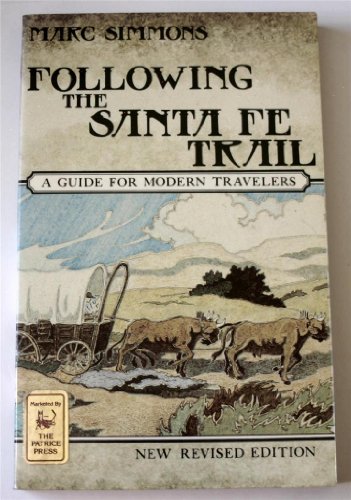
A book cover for Following the Santa Fe Trail: A Guide for Modern Travelers; Marc Simmons; Travel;